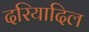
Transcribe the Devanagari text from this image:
दरियादिल